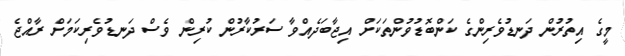
މީގެ އިތުރުން ދަނޑުވެރިންގެ ކަންބޮޑުވުންތަކަށް އިޖާބަދެއްވާ ސަރުކާރުން ކުރިން ވެސް ދަނޑުވެރިކަމަށް ރާއްޖެ